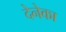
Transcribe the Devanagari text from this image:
देनेका